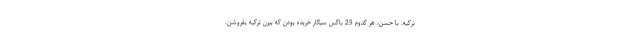
تركيه. با حسن، هر كدوم 25 باكس سيگار خريده بودن كه ببرن تركيه بفروشن.